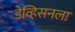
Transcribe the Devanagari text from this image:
डेव्हिसनला